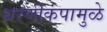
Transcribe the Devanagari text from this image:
धरणीकंपामुळे